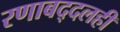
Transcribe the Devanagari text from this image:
रणाबद्दलही